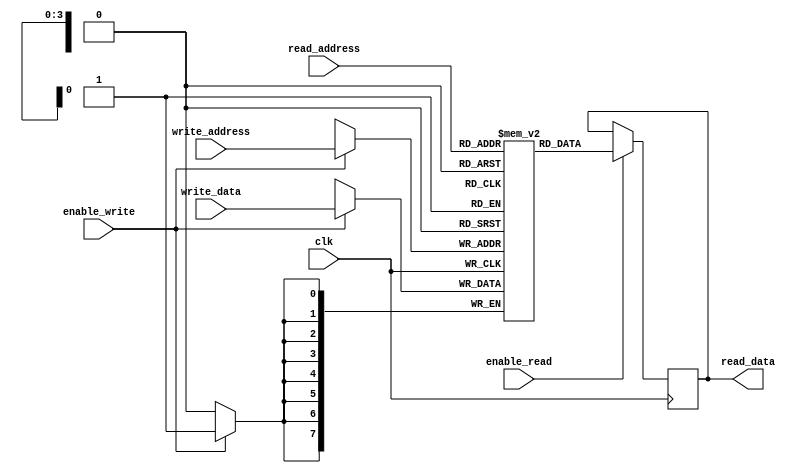
module register_file(
    input wire clk,
    input wire enable_read,
    input wire enable_write,
    input wire [3:0] read_address,
    input wire [3:0] write_address,
    input wire [7:0] write_data,
    output reg [7:0] read_data
);

reg [7:0] registers [0:15];

always @(posedge clk) begin
    if(enable_read) begin
        read_data <= registers[read_address];
    end
    if(enable_write) begin
        registers[write_address] <= write_data;
    end
end

endmodule